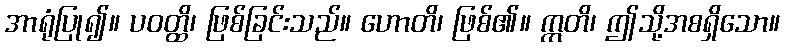
အာရုံပြု၍။ ပဝတ္ထိ၊ ဖြစ်ခြင်းသည်။ ဟောတိ၊ ဖြစ်၏။ ဣတိ၊ ဤသို့အစရှိသော။